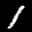
Label: 1